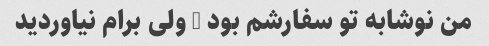
من نوشابه تو سفارشم بود … ولی برام نیاوردید